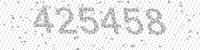
Solution: 425458